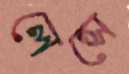
লেন্সে